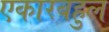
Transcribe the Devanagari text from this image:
एकारबहुल